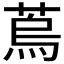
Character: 𦶀